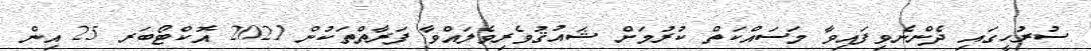
ސުރުހީގައި ދެންނެވިފައިވާ މަސައްކަތް ކުރުމަށް ޝައުޤުވެރިވެލައްވާ ފަރާތްތަކުން 2021 އޮކްޓޯބަރ 25 އިން